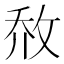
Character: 𰕈